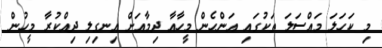
މި ކަހަލަ މައްސަލަ ތަކުގައި އަންހެން މީހާއާ ދިމާއަށް އިނގިލި ދިއްކުރާ މީހުން